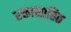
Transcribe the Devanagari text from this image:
रक्तासाहित